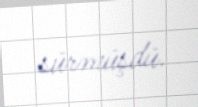
sürmüşdü.